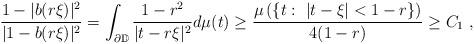
LaTeX: \begin{align*} \frac{1-|b(r\xi)|^2}{|1-b(r\xi)|^2}=\int_{\partial \mathbb{D}} \frac{1-r^2}{|t-r\xi|^2}d\mu(t)\geq \frac{\mu\left(\{ t:\ |t-\xi|<1-r\}\right)}{4(1-r)}\geq C_1\ ,\end{align*}